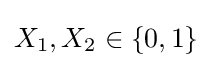
X_{1},X_{2}\in \{0,1\}